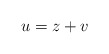
\begin{align*} u = z + v\end{align*}